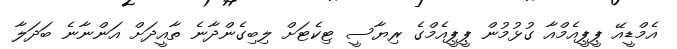
އެމްޑީއޭ ޕީޕީއެމްއާ ގުޅުމުން ޕީޕީއެމްގެ ރިޔާސީ ޓިކެޓަށް ލިބިގެންދާނެ ތާއީދަށް އަންނާނެ ބަދަލާ